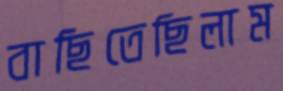
বাছিতেছিলাম